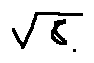
\sqrt { 8 }